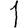
Digit: 1